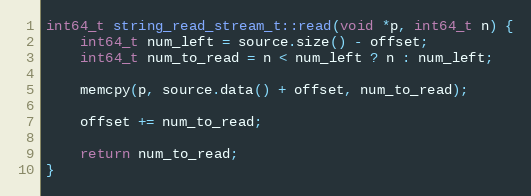
Language: C++
int64_t string_read_stream_t::read(void *p, int64_t n) {
    int64_t num_left = source.size() - offset;
    int64_t num_to_read = n < num_left ? n : num_left;

    memcpy(p, source.data() + offset, num_to_read);

    offset += num_to_read;

    return num_to_read;
}